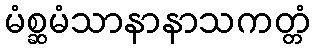
မံစ္ဆမံသာနာနာသကတ္တံ